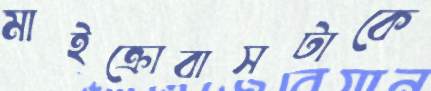
মাইক্রোবাসটাকে